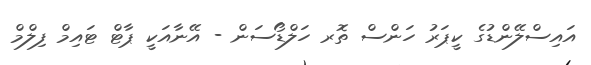
އައިސްލޭންޑުގެ ކީޕަރު ހަންސް ތޮރ ހަލްޑޯސަން - އޭނާއަކީ ޕާޓް ޓައިމް ފިލްމް